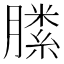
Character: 𣎝